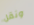
ونقل